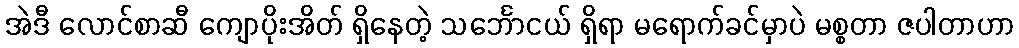
အဲဒီ လောင်စာဆီ ကျောပိုးအိတ် ရှိနေတဲ့ သင်္ဘောငယ် ရှိရာ မရောက်ခင်မှာပဲ မစ္စတာ ဇပါတာဟာ